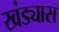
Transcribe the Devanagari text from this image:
खंड्यास